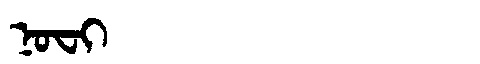
Manchu: ᠨᠣᠸᡳ
Romanization: NOFI